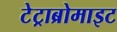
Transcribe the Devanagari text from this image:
टेट्राब्रोमाइट